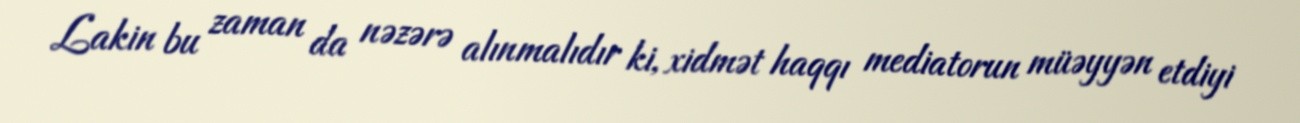
Lakin bu zaman da nəzərə alınmalıdır ki, xidmət haqqı mediatorun müəyyən etdiyi